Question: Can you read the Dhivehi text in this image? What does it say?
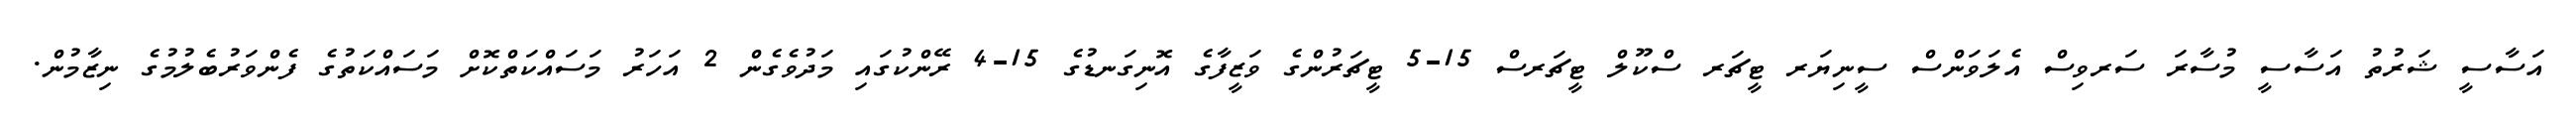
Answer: އަސާސީ ޝަރުތު އަސާސީ މުސާރަ ސަރވިސް އެލަވަންސް ސީނިޔަރ ޓީޗަރ ސްކޫލް ޓީޗަރސް 15-5 ޓީޗަރުންގެ ވަޒީފާގެ އޮނިގަނޑުގެ 15-4 ރޭންކުގައި މަދުވެގެން 2 އަހަރު މަސައްކަތްކޮށް މަސައްކަތުގެ ފެންވަރުބެލުމުގެ ނިޒާމުން.